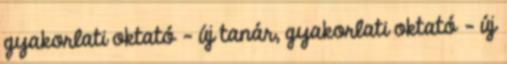
gyakorlati oktató - új tanár, gyakorlati oktató - új